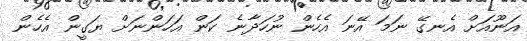
އަނޫއަށް އެނގޭ ނަމަ އޭނަ އެހެން ނުހަދާނެ ކަން އަހަންނަށް ޔަގީން އެހެން